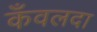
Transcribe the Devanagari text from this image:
कँवलदा